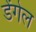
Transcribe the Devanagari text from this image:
डेंगेल